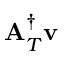
{ \bf A } _ { T } ^ { \dagger } { \bf v }